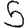
Digit: 5